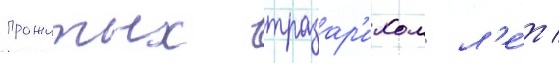
прожитых тразар'ихом л'е́т /